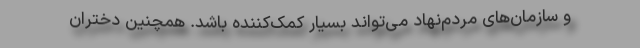
و سازمان‌های مردم‌نهاد می‌تواند بسیار کمک‌کننده باشد. همچنین دختران